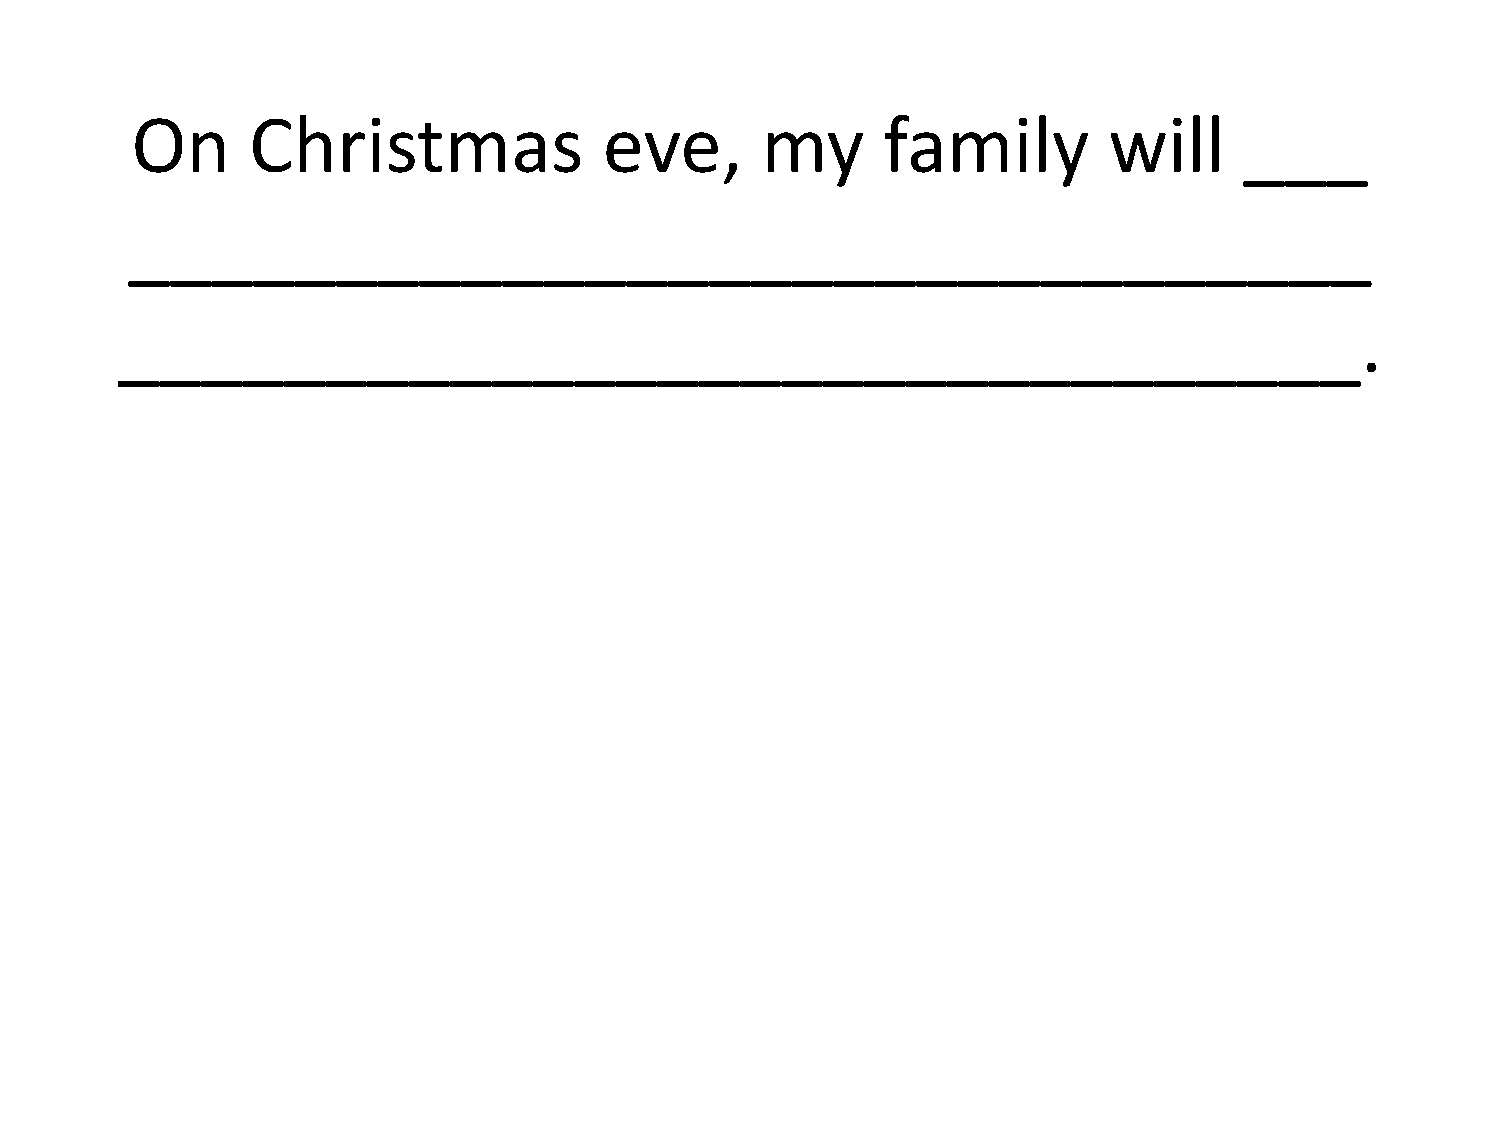
On     Christmas               eve,      my      family         will     ___
 ______________________________
 ______________________________.